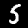
Label: 5